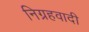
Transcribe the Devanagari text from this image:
निग्रहवादी